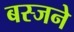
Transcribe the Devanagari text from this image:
बस्जने